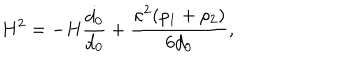
H ^ { 2 } = - H \frac { \dot { d _ { 0 } } } { d _ { 0 } } + \frac { \kappa ^ { 2 } ( \rho _ { 1 } + \rho _ { 2 } ) } { 6 d _ { 0 } } ,